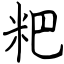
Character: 粑